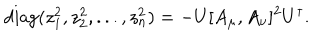
\mathrm { d i a g } ( z _ { 1 } ^ { 2 } , z _ { 2 } ^ { 2 } , . . . , z _ { n } ^ { 2 } ) = - U [ A _ { \mu } , A _ { \nu } ] ^ { 2 } U ^ { \dagger } .